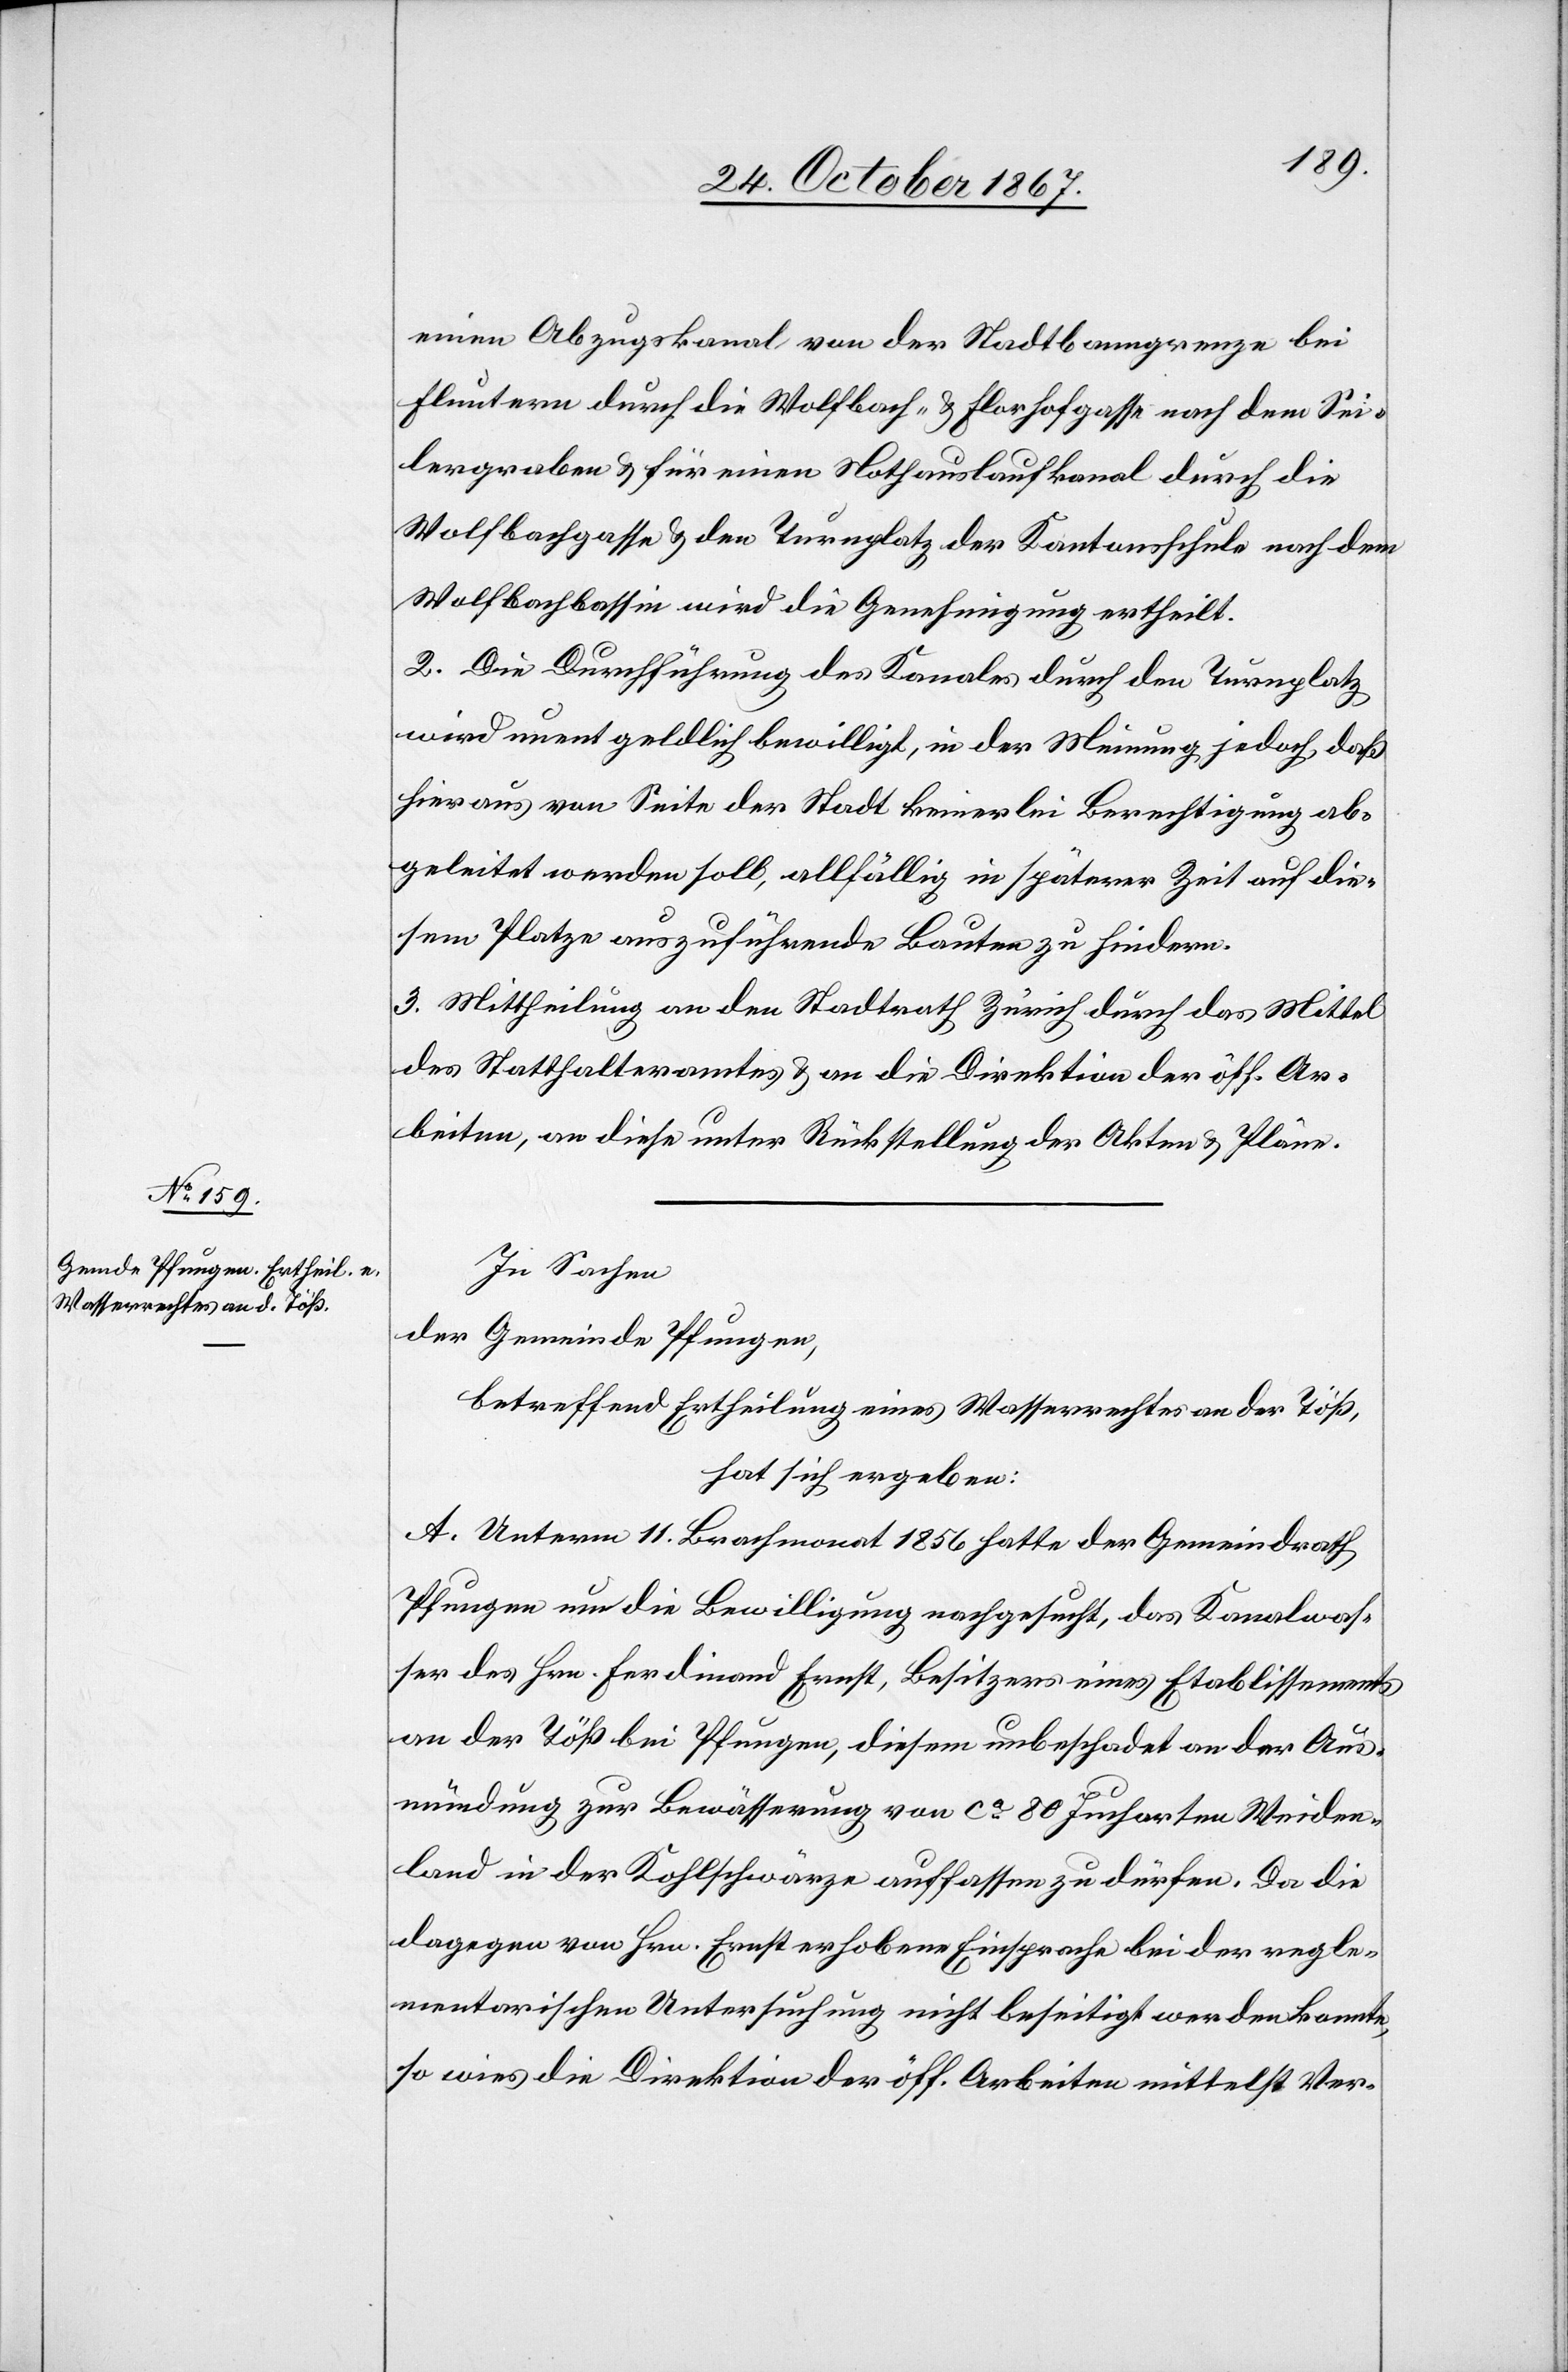
einen Abzugskanal, von der Stadtbanngrenze bei
Fluntern durch die Wolfbach- u. Florhofgasse nach dem Sei¬
lergraben u. für einen Nothauslaufkanal durch die
Wolfbachgasse u. den Turnplatz der Kantonsschule nach dem
Wolfbachbassin wird die Genehmigung ertheilt.
2. Die Durchführung des Kanales durch den Turnplatz
wird unentgeldich bewilligt, in der Meinung jedoch, daß
hieraus von Seite der Stadt keinerlei Berechtigung ab¬
geleitet werden soll, allfällig in späterer Zeit auf die¬
sem Platze auszuführende Bauten zu hindern.
3. Mittheilung an den Stadtrath Zürich durch das Mittel
des Statthalteramtes u. an die Direktion der öff. Ar¬
beiten, an diese unter Rückstellung der Akten u. Pläne.
In Sachen
der Gemeinde Pfungen,
betreffend Ertheilung eines Wasserrechtes an der Töß,
hat sich ergeben:
A. Unterm 11. Brachmonat 1856 hatte der Gemeindrath
Pfungen um die Bewilligung nachgesucht, das Kanalwas¬
ser des Hrn. Ferdinand Ernst, Besitzer eines Etablissements
an der Töß bei Pfungen, diesem unbeschadet an der Aus¬
mündung zur Bewässerung von ca 80 Jucharten Weiden¬
land in der Kohlschwärte auffassen zu dürfen. Da die
dagegen von Hrn. Ernst erhobene Einsprache bei der regle¬
mentarischen Untersuchung nicht beseitigt werden konnte,
so wies die Direktion der öff. Arbeiten mittelst Ver-